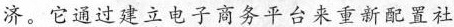
济。它通过建立电子商务平台来重新配置社